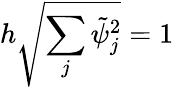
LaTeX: h\sqrt{\sum_{j}\tilde{\psi}_{j}^{2}}=1